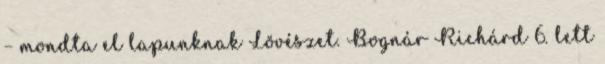
– mondta el lapunknak Lövészet. Bognár Richárd 6. lett